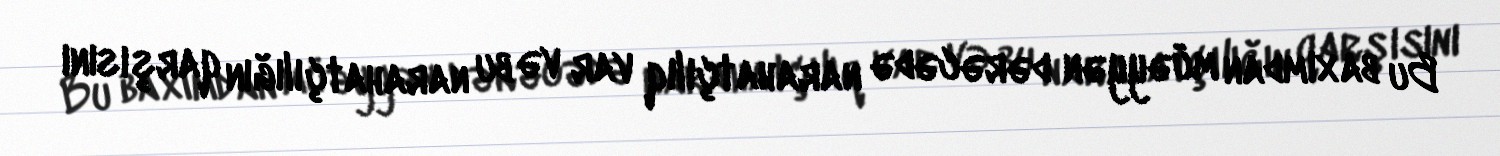
Bu baxımdan müəyyən dərəcədə narahatçılıq var və bu narahatçılığın qarşısını